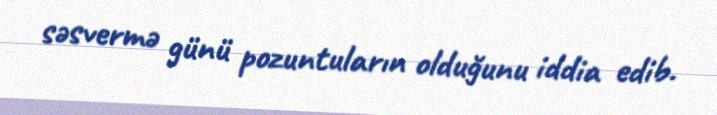
səsvermə günü pozuntuların olduğunu iddia edib.